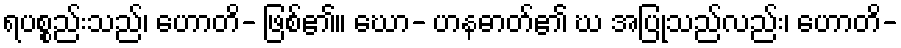
ရပစ္စည်းသည်၊ ဟောတိ- ဖြစ်၏။ ဃော- ဟနဓာတ်၏ ဃ အပြုသည်လည်း၊ ဟောတိ-